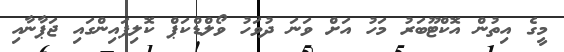
މީގެ އިތުން އޮކްޓޫބަރު މަހު އަށް ވަނަ ދުވަހު ވޯލްޑްކަޕް ކޮލިފައިންގައި ޖަޕާނާއި